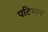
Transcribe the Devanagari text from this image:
पटिभान